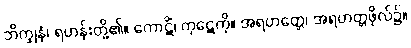
ဘိက္ခုနံ၊ ရဟန်းတို့၏။ ကောဋိံ၊ ကုဋေကို။ အရဟတ္တေ၊ အရဟတ္တဖိုလ်၌။